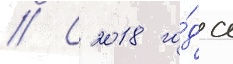
// С 2018 го́да